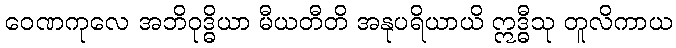
ဝေဏကုလေ အဘိဝုဒ္ဓိယာ မီယတီတိ အနုပရိယာယိ ဣဒ္ဓီသု တူလိကာယ